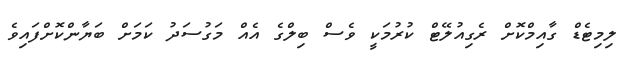
ލިމިޓެޑް ގާއިމްކޮށް ރެގިއުލޭޓް ކުރުމަކީ ވެސް ބިލްގެ އެއް މަގުސަދު ކަމަަށް ބަޔާންކޮށްފައިވެ